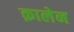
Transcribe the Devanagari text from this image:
क़ालेन